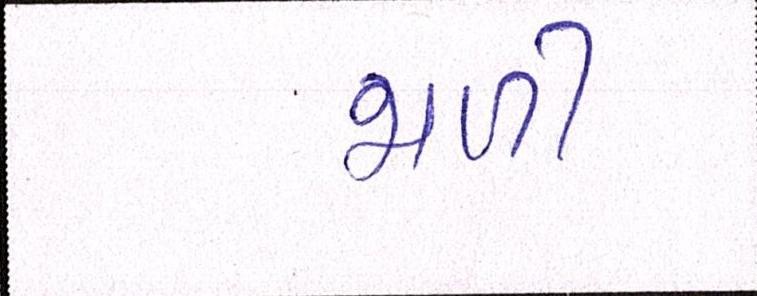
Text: જાળી